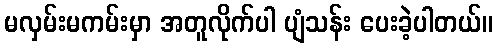
မလှမ်းမကမ်းမှာ အတူလိုက်ပါ ပျံသန်း ပေးခဲ့ပါတယ်။